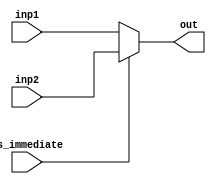
module Mux32
  (
    input is_immediate,
    input [31:0] inp1,inp2,
    output [31:0] out
  );
  assign out = (is_immediate)?(inp2):(inp1);
endmodule

module Mux5
  (
    input is_immediate,
    input [4:0] inp1,inp2,
    output [4:0] out
  );
  assign out = (is_immediate)?(inp2):(inp1);
endmodule

module Mux9
  (
    input sel,
    input [9:0] inp1, inp2,
    output [9:0] out
  );
  assign out = (sel) ? (inp2) : (inp1);
endmodule